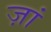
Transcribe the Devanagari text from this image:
ज़ां